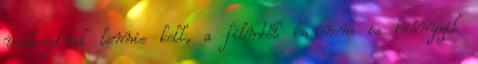
változatnak lennie kell, a filmből ha nem is hiányzik